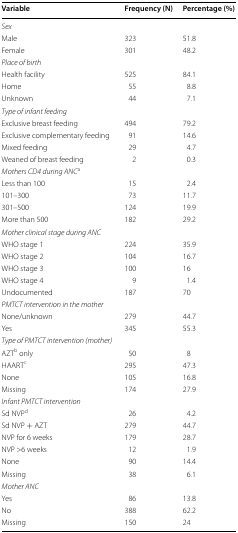
<table><thead><tr><td><b>Variable</b></td><td><b>Frequency (N)</b></td><td><b>Percentage (%)</b></td></tr></thead><tbody><tr><td colspan="3"><i>Sex</i></td></tr><tr><td>Male</td><td>323</td><td>51.8</td></tr><tr><td>Female</td><td>301</td><td>48.2</td></tr><tr><td colspan="3"><i>Place of birth</i></td></tr><tr><td>Health facility</td><td>525</td><td>84.1</td></tr><tr><td>Home</td><td>55</td><td>8.8</td></tr><tr><td>Unknown</td><td>44</td><td>7.1</td></tr><tr><td colspan="3"><i>Type of infant feeding</i></td></tr><tr><td>Exclusive breast feeding</td><td>494</td><td>79.2</td></tr><tr><td>Exclusive complementary feeding</td><td>91</td><td>14.6</td></tr><tr><td>Mixed feeding</td><td>29</td><td>4.7</td></tr><tr><td>Weaned of breast feeding</td><td>2</td><td>0.3</td></tr><tr><td colspan="3"><i>Mothers CD4 during ANC</i><sup>a</sup></td></tr><tr><td>Less than 100</td><td>15</td><td>2.4</td></tr><tr><td>101–300</td><td>73</td><td>11.7</td></tr><tr><td>301–500</td><td>124</td><td>19.9</td></tr><tr><td>More than 500</td><td>182</td><td>29.2</td></tr><tr><td colspan="3"><i>Mother clinical stage during ANC</i></td></tr><tr><td>WHO stage 1</td><td>224</td><td>35.9</td></tr><tr><td>WHO stage 2</td><td>104</td><td>16.7</td></tr><tr><td>WHO stage 3</td><td>100</td><td>16</td></tr><tr><td>WHO stage 4</td><td>9</td><td>1.4</td></tr><tr><td>Undocumented</td><td>187</td><td>70</td></tr><tr><td colspan="3"><i>PMTCT intervention in the mother</i></td></tr><tr><td>None/unknown</td><td>279</td><td>44.7</td></tr><tr><td>Yes</td><td>345</td><td>55.3</td></tr><tr><td colspan="3"><i>Type of PMTCT intervention (mother)</i></td></tr><tr><td>AZT<sup>b</sup> only</td><td>50</td><td>8</td></tr><tr><td>HAART<sup>c</sup></td><td>295</td><td>47.3</td></tr><tr><td>None</td><td>105</td><td>16.8</td></tr><tr><td>Missing</td><td>174</td><td>27.9</td></tr><tr><td colspan="3"><i>Infant PMTCT intervention</i></td></tr><tr><td>Sd NVP<sup>d</sup></td><td>26</td><td>4.2</td></tr><tr><td>Sd NVP + AZT</td><td>279</td><td>44.7</td></tr><tr><td>NVP for 6 weeks</td><td>179</td><td>28.7</td></tr><tr><td>NVP &gt;6 weeks</td><td>12</td><td>1.9</td></tr><tr><td>None</td><td>90</td><td>14.4</td></tr><tr><td>Missing</td><td>38</td><td>6.1</td></tr><tr><td colspan="3"><i>Mother ANC</i></td></tr><tr><td>Yes</td><td>86</td><td>13.8</td></tr><tr><td>No</td><td>388</td><td>62.2</td></tr><tr><td>Missing</td><td>150</td><td>24</td></tr></tbody></table>